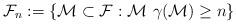
LaTeX: \begin{align*}\mathcal{F}_n:=\left\{\mathcal{M} \subset \mathcal{F}: \mathcal{M} \right. \left.\gamma(\mathcal{M}) \geq n\right\}\end{align*}